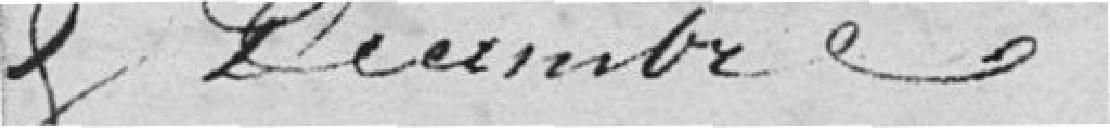
et décembre.